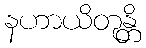
နဟာယိတုန္တိ